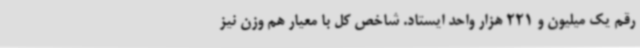
رقم یک میلیون و 221 هزار واحد ایستاد. شاخص کل با معیار هم وزن نیز